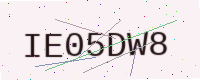
Text: IE05DW8